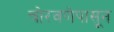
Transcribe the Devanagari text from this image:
चोरवणेपासून